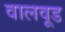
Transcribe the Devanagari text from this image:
वालवूड